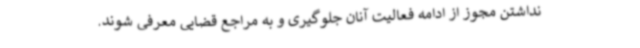
نداشتن مجوز از ادامه فعالیت آنان جلوگیری و به مراجع قضایی معرفی شوند.